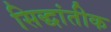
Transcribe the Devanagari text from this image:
सिद्धांतीक